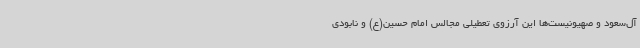
آل‌سعود و صهیونیست‌ها این آرزوی تعطیلی مجالس امام حسین(ع) و نابودی